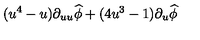
( u ^ { 4 } - u ) \partial _ { u u } \widehat { \phi } + ( 4 u ^ { 3 } - 1 ) \partial _ { u } \widehat { \phi }